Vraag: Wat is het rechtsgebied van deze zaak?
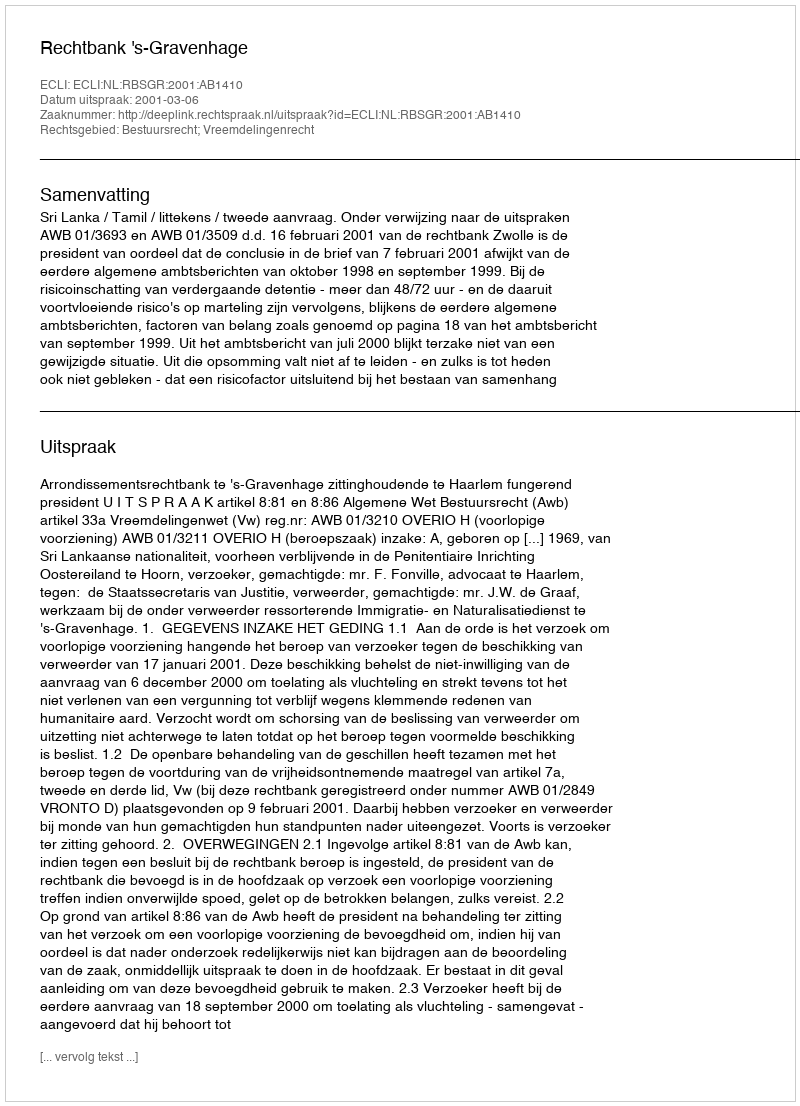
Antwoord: Bestuursrecht; Vreemdelingenrecht